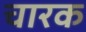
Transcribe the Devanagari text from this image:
चारक